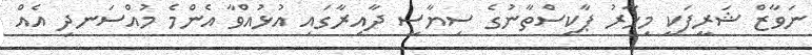
ނަވާޒް ޝަރީފަކީ މިހާރު ޕާކިސްތާނުގެ ސިޔާސީ ދާއިރާގައި އުޅުއްވާ އެންމެ މުއްސަނދި އެއް